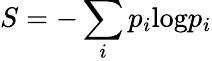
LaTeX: S=-\sum_{i}p_{i}\mathrm{log}p_{i}